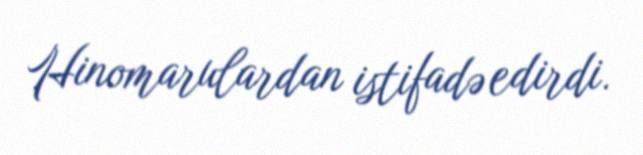
Hinomarulardan istifadə edirdi.